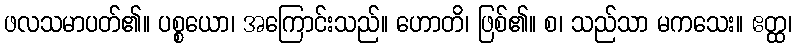
ဖလသမာပတ်၏။ ပစ္စယော၊ အကြောင်းသည်။ ဟောတိ၊ ဖြစ်၏။ စ၊ သည်သာ မကသေး။ ဧတ္ထ၊